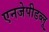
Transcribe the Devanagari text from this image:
एनजेपीडब्लू